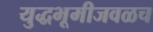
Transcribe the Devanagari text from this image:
युद्धभूमीजवळच